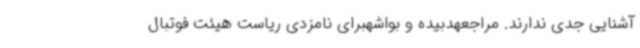
آشنایی جدی ندارند. مراجعهدبیده و بواشهبرای نامزدی ریاست هیئت فوتبال